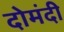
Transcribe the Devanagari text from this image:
दोमंदी